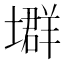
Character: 𡑱